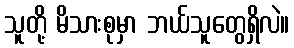
သူတို့ မိသားစုမှာ ဘယ်သူတွေရှိလဲ။